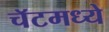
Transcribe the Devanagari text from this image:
चॅटमध्ये